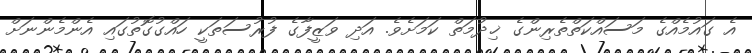
އެ ގައުމެއްގެ މަސައްކަތްތެރިންގެ ޚިދުމަތް ކަމަށެވެ. އަދި ވަޒީފާގެ ފުރުސަތަކީ ހައްގުގޮތުގައި އެންމެންނަށް